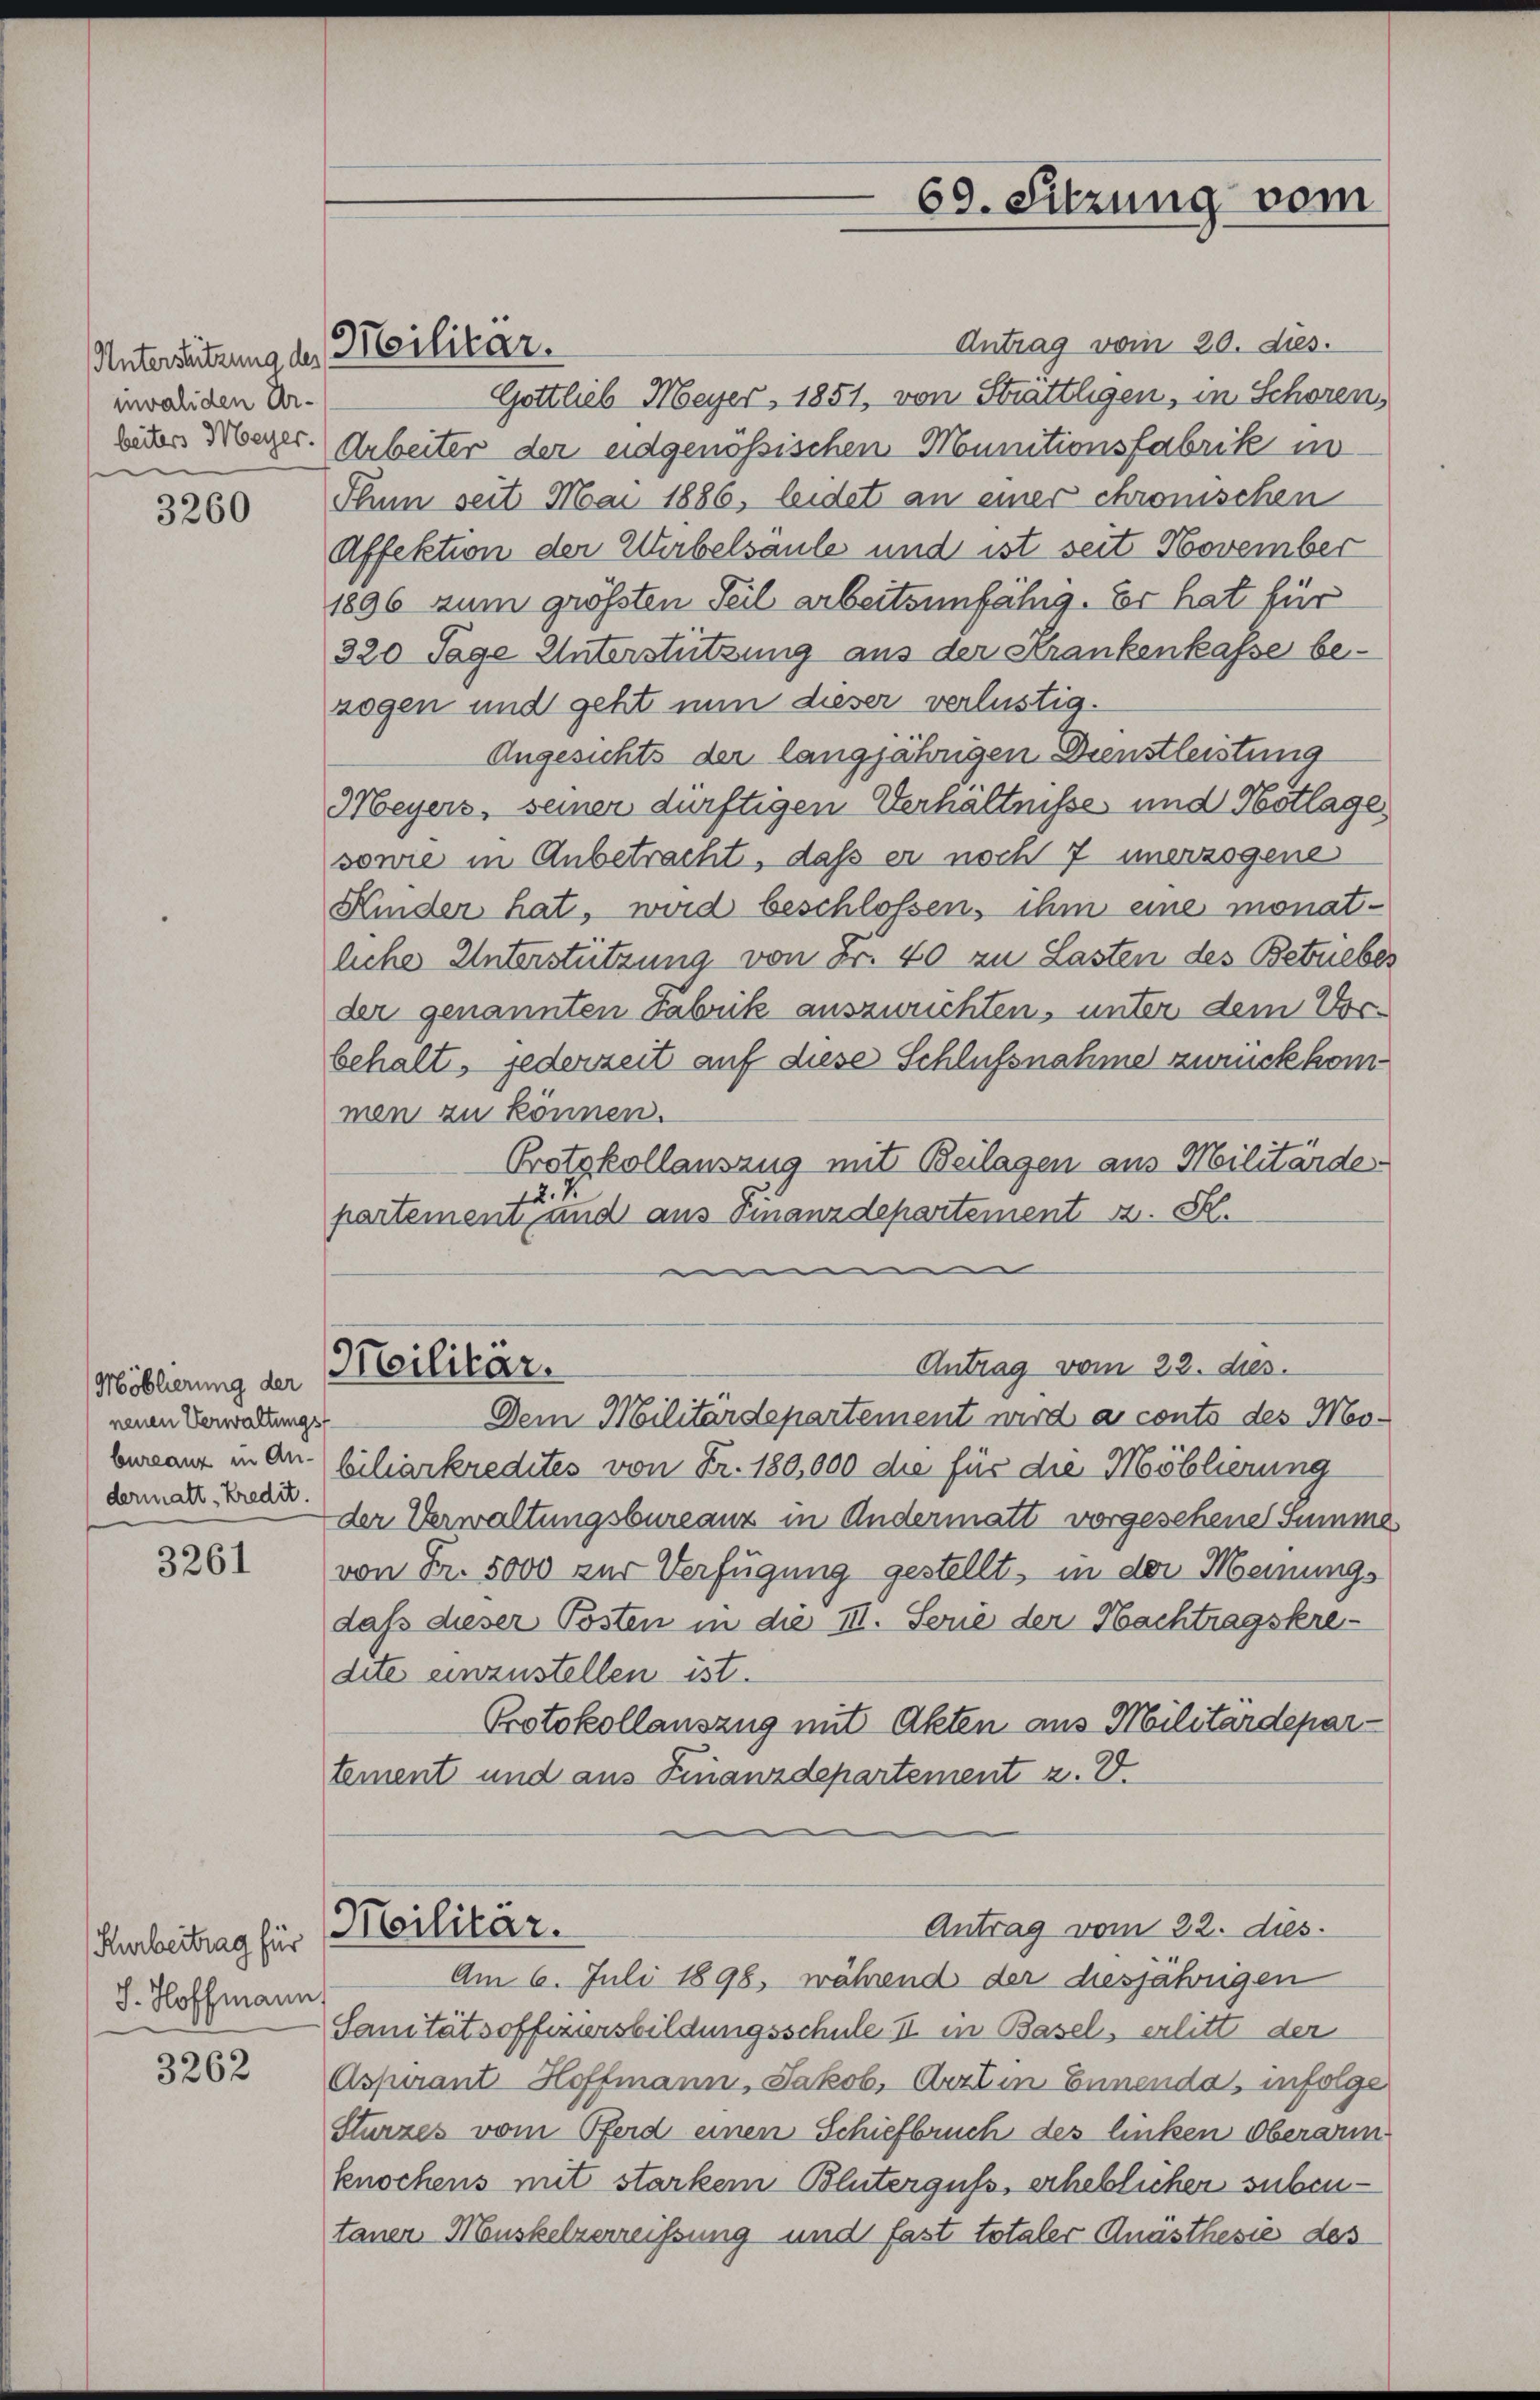
Unterstützung des Militär.
invaliden Urbeiters Meyer.
e

3260

Möblierung der
neuen Verwaltungs-
dermatt, Kredit.

3261

Kurbeitrag für
J. Hoffmann

3262

69. Sitzung vom

Antrag vom 20. dies.
Gottlieb Meyer, 1851, von Strattligen, in Schoren,
Arbeiter der eidgenössischen Munitionsfabrik in
Thum seit Mai 1886, leidet an einer chronischen
Affektion der Werbelsäule und ist seit November
1896 zum grössten Seil arbeitsunfähig. Er hat für
320 Tage Unterstützung aus der Krankenkasse bezogen und geht nun dieser verlustig.
Angesichts der langjährigen Dienstleistung
Meyers, seiner dürftigen Verhältnisse und Hotlage
sowie in Anbetracht, daß er noch 7 unerzogene
Kinder hat, wird beschlossen, ihm eine monatliche Unterstützung von Fr. 40 zu Lasten des Betriebes
der genannten Fabrik auszurichten, unter dem Vorbehalt, jederzeit auf diese Schlußnahme zurückkom
men zu können.
Protokollauszug mit Beilagen aus Militärde
12. V
partement und aus Finanzdepartement z. S.
m
Antrag vom 22. dies.
Meilitär.
Dem Militärdepartement wird a conto des Mo-
bureau in an (biliarkredites von Fr. 180,000 die für die Möblierung
der Verwaltungsbureauz in Andermatt vorgesehene Summe
von Fr. 5000 zur Verfügung gestellt, in der Meinungs
daß dieser Posten in die III. Serie der Nachtragskredite einzustellen ist.
Protokollauszug mit Akten aus Militärdepar-
tement und aus Finanzdepartement z. B.

Antrag vom 22. dies
Militär.
Am 6. Juli 1898, während der diesjährigen

Sanitätsoffiziersbildungsschule II in Basel, erlitt der
Aspirant Hoffmann, Jakob, Arzt in Ennenda, infolge
Sturzes vom Pferd einen Schiefbruch des linken Oberarm
knochens mit starkem Bluterguss, erheblicher subentaner Muskelzerreissung und fast totaler Anästhesie des